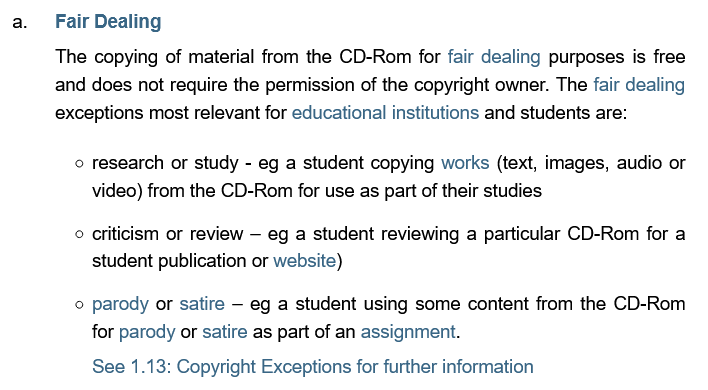
Fair Dealing
     The copying of material from the CD-Rom for fair dealing purposes is free
     and does not require the permission of the copyright owner. The fair dealing
     exceptions most relevant for educational institutions and students are:
     research or study -
     eg a student copying works (text, images, audio or
     video) from the CD-Rom for use as part of their studies
     criticism or review
     —
     eg a student reviewing a particular CD-Rom for a
     student publication or website)
     parody or satire
     —
     eg a student using some content from the CD-Rom
     for parody or satire as part of an assignment.
     See 1.13: Copyright Exceptions for further information